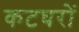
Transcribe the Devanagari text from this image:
कटघरों